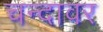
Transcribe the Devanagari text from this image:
चन्दावर